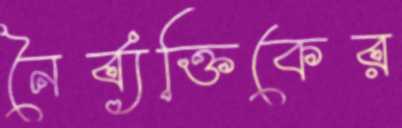
নৈর্ব্যক্তিকের